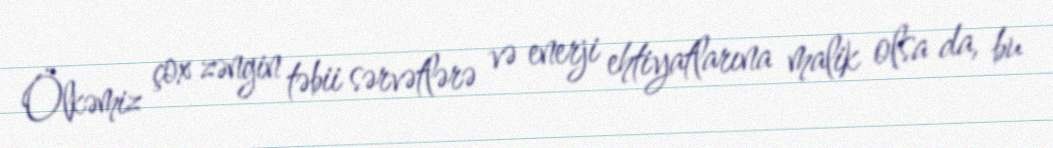
Ölkəmiz çox zəngin təbii sərvətlərə və enerji ehtiyatlarına malik olsa da, bu